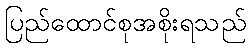
ပြည်ထောင်စုအစိုးရသည်